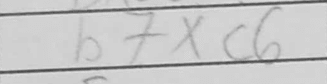
Transcription: bxc6